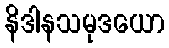
နိဒါနသမုဒယော